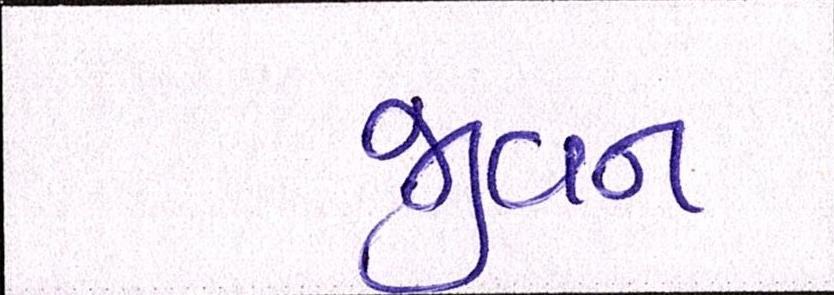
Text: જીવન